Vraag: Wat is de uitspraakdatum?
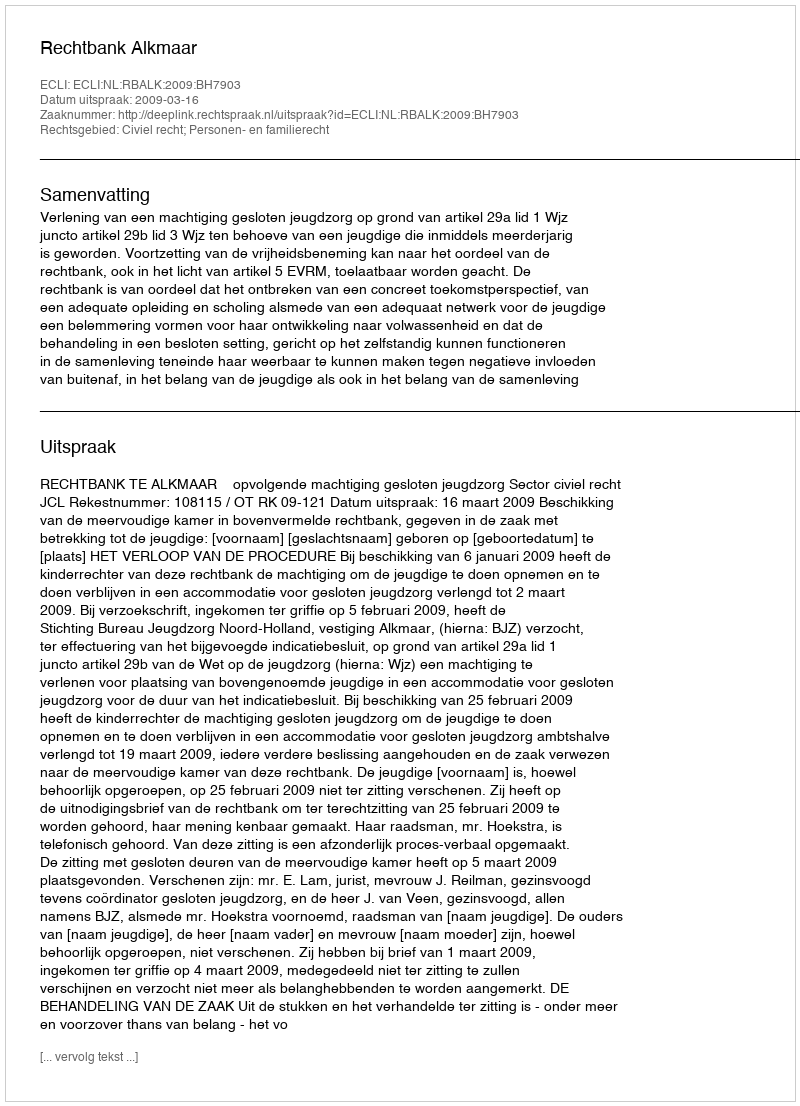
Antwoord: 2009-03-16